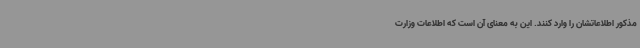
مذکور اطلاعاتشان را وارد کنند. این به معنای آن است که اطلاعات وزارت